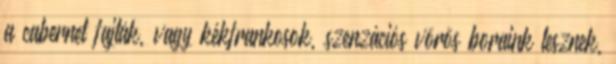
a cabernet fajták, vagy kékfrankosok, szenzációs vörös boraink lesznek,